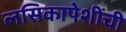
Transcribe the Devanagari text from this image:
लसिकापेशींची